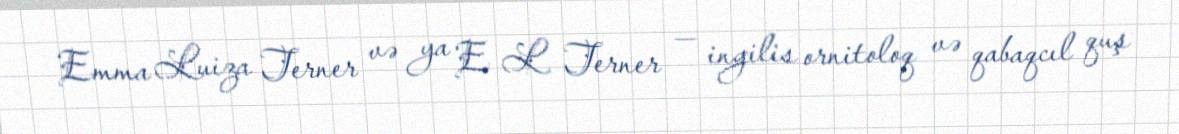
Emma Luiza Terner və ya E L Terner — ingilis ornitoloq və qabaqcıl quş